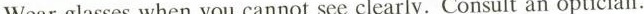
Wear glasses when you cannot see clearly.Consult an optician.